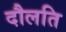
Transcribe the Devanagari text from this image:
दौलति